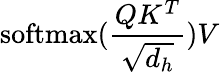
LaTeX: \mathrm{softmax}(\frac{QK^{T}}{\sqrt{d_{h}}})V